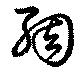
綢